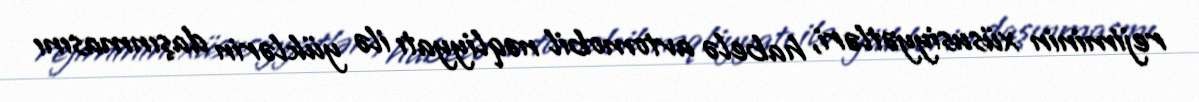
rejiminin xüsusiyyətləri, habelə avtomobil nəqliyyatı ilə yüklərin daşınmasını